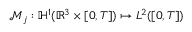
\mathcal { M } _ { j } : \mathbb { H } ^ { 1 } ( \mathbb { R } ^ { 3 } \times [ 0 , T ] ) \mapsto L ^ { 2 } ( [ 0 , T ] )